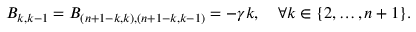
B _ { k , k - 1 } = B _ { ( n + 1 - k , k ) , ( n + 1 - k , k - 1 ) } = - \gamma k , \quad \forall k \in \{ 2 , \dots , n + 1 \} .